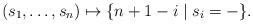
LaTeX: \begin{align*}(s_1, \dotsc, s_n) \mapsto \{n+1-i \mid s_i = -\}.\end{align*}